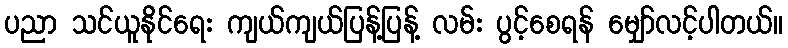
ပညာ သင်ယူနိုင်ရေး ကျယ်ကျယ်ပြန့်ပြန့် လမ်း ပွင့်စေရန် မျှော်လင့်ပါတယ်။